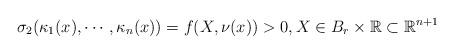
LaTeX: \begin{align*} \sigma_2(\kappa_1(x),\cdots,\kappa_n(x))=f(X,\nu(x))>0,X\in B_r\times \mathbb R \subset \mathbb R^{n+1} \end{align*}